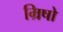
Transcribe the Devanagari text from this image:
म्रिषो